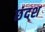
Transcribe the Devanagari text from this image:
छंदश